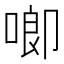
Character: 𪡙